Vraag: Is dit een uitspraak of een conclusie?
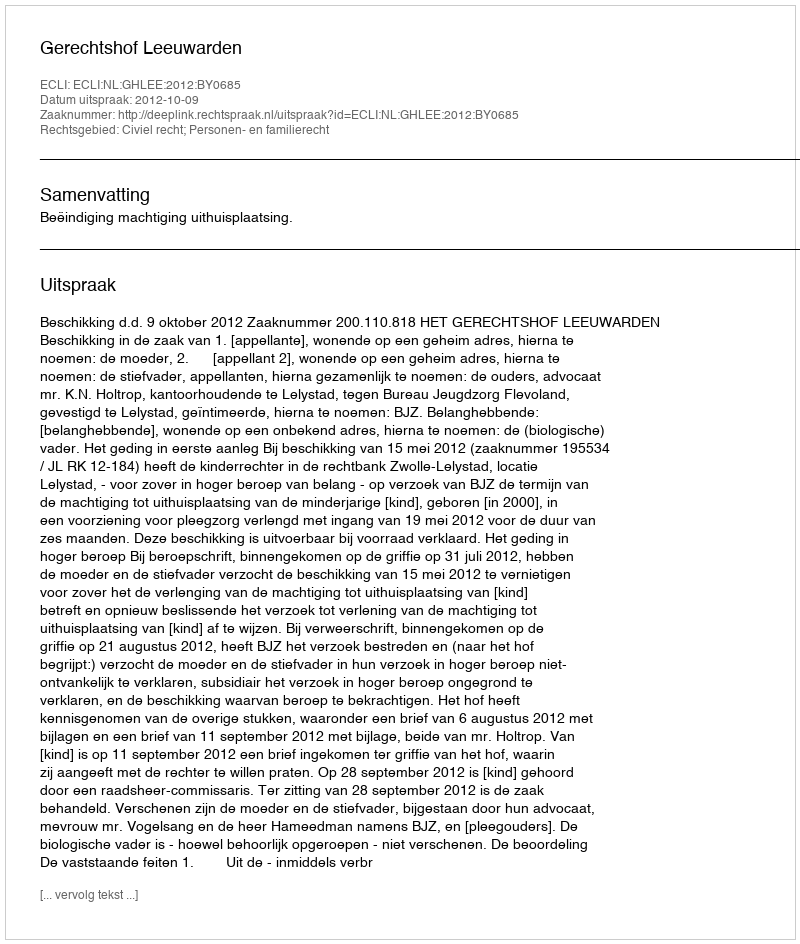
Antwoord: Uitspraak